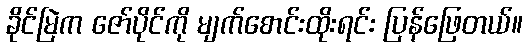
ခိုင်မြဲက ဇော်ပိုင်ကို မျက်စောင်းထိုးရင်း ပြန်ဖြေတယ်။